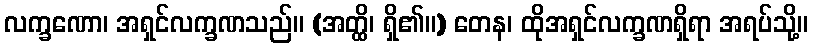
လက္ခဏော၊ အရှင်လက္ခဏသည်။ (အတ္ထိ၊ ရှိ၏။) တေန၊ ထိုအရှင်လက္ခဏရှိရာ အရပ်သို့။